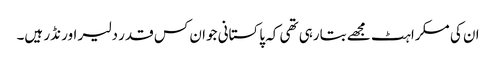
ان کی مسکراہٹ مجھے بتارہی تھی کہ پاکستانی جوان کس قدر دلیر اور نڈر ہیں۔